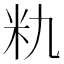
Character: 𮇃